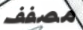
مصفف